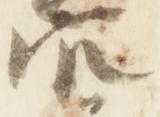
官